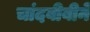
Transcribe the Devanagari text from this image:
चांदबीबीने